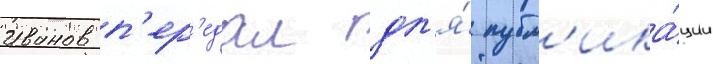
Иванов п'ер'едал дл'я́ публ'ика́ции